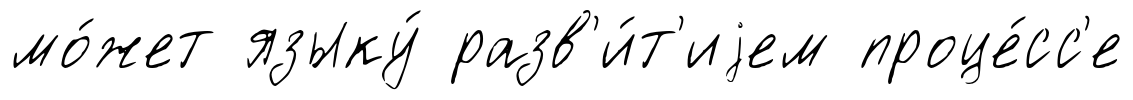
мо́жет языку́ разв'и́т'иjем проце́сс'е